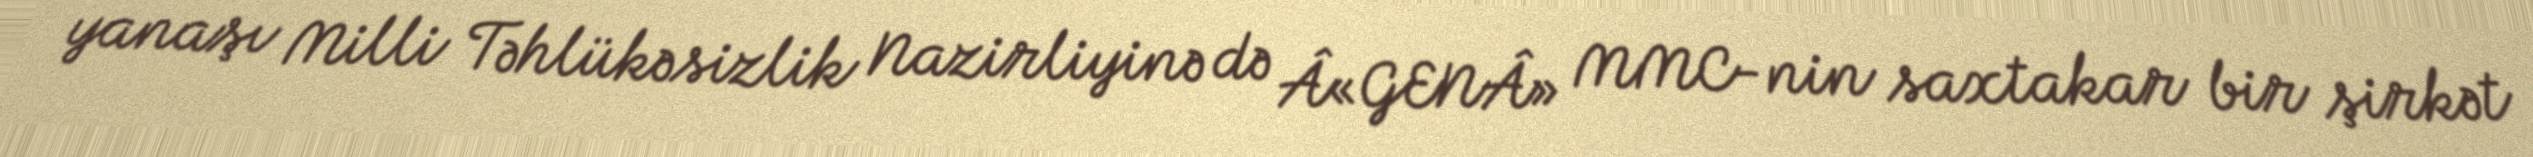
yanaşı Milli Təhlükəsizlik Nazirliyinə də Â«GENÂ» MMC-nin saxtakar bir şirkət